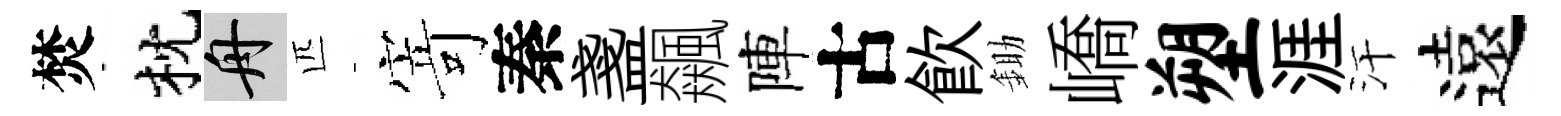
焚枕舟匹𭔃秦盞飆陣古飮鋤嶠塑涯汗遠